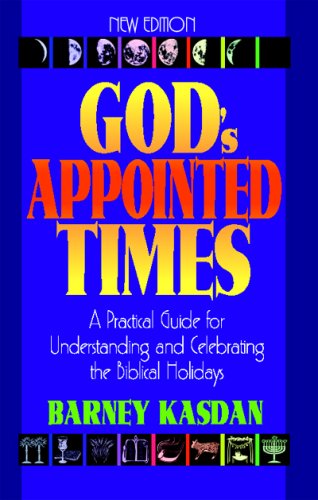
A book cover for God's Appointed Times New Edition: A Practical Guide for Understanding and Celebrating the Biblical Holidays; Barney Kasdan; Religion & Spirituality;